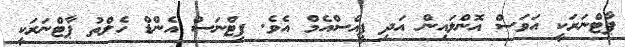
ޕާޓްނަރަކީ އަވަސް އޮންލައިން އަދި ޕީއެސްއެމް އެވެ. ފިޓްނަސް އެންޑް ހެލްތު ޕާޓްނަރަކީ